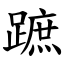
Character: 蹠